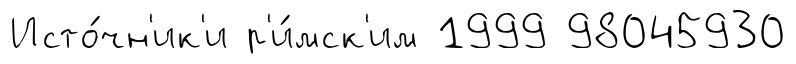
Исто́чн'ик'и р'и́мск'им 1999 98045930